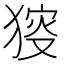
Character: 𤟫